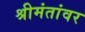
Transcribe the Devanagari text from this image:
श्रीमंतांवर